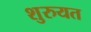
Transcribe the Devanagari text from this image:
शुरुयत